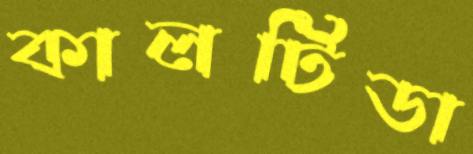
কালটিডা